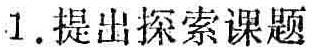
1. 提出探索课题